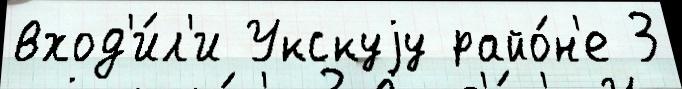
вход'и́л'и Укскуjу райо́н'е 3